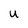
Character: u